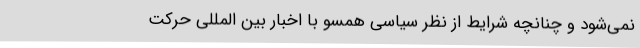
نمی‌شود و چنانچه شرایط از نظر سیاسی همسو با اخبار بین المللی حرکت